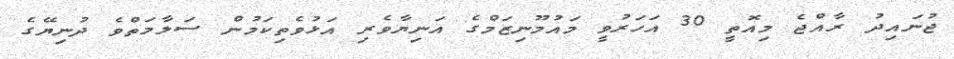
ޖުނައިދު ރާއްޖެ މިއޮތީ 30 އަހަރުވީ މައުމޫނިޒަމްގެ އަނިޔާވެރި އަޅުވެތިކަމުން ސަލާމަތްވެ ދުނިޔޭގެ